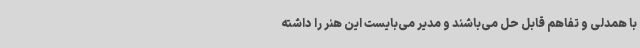
با همدلی و تفاهم قابل حل می‌باشند و مدیر می‌بایست این هنر را داشته